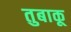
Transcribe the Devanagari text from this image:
तुबाकू